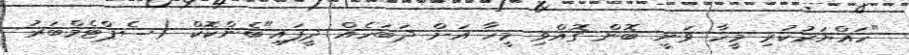
"ހައްޔަރުކުރި މީހާ ވަނީ ބޮން ގޮއްވި މީހާ އަށް ދަބަހެއް ދީފައި"ބެންކޮކް (ސެޕްޓެމްބަރު